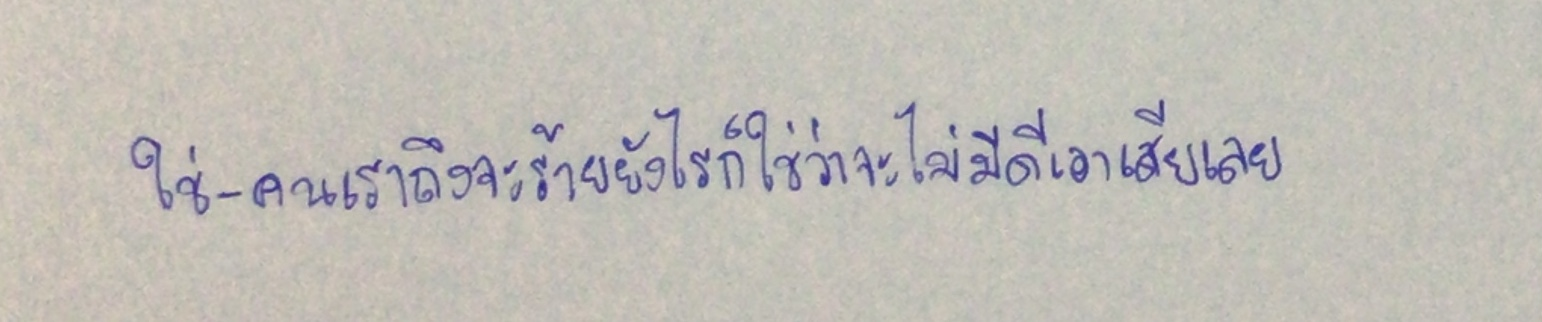
ใช่-คนเราถึงจะร้ายยังไรก็ใช่ว่าจะไม่มีดีเอาเสียเลย